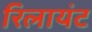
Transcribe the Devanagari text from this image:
रिलायंट